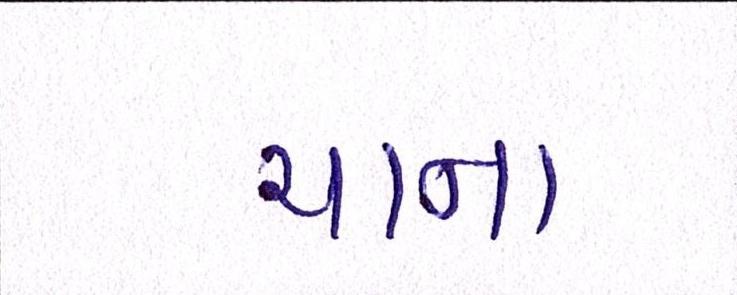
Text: ચાના